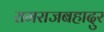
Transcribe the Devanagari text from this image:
रामराजबहादुर